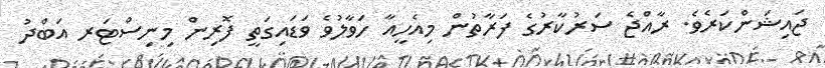
ޖައިޝަންކަރެވެ. ރާއްޖެ ސަރުކާރުގެ ފަރާތުން މިއެހީއާ ހަވާލުވެ ވަޑައިގަތީ ފޮރިން މިނިސްޓަރ އަބްދު